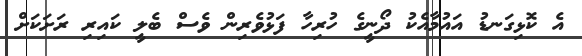
އެ ކޮޅިގަނޑު އައުމާއެކު ދޯނީގެ ހުރިހާ ފަޅުވެރިން ވެސް ބެލީ ކައިރި ރަށަކަށް